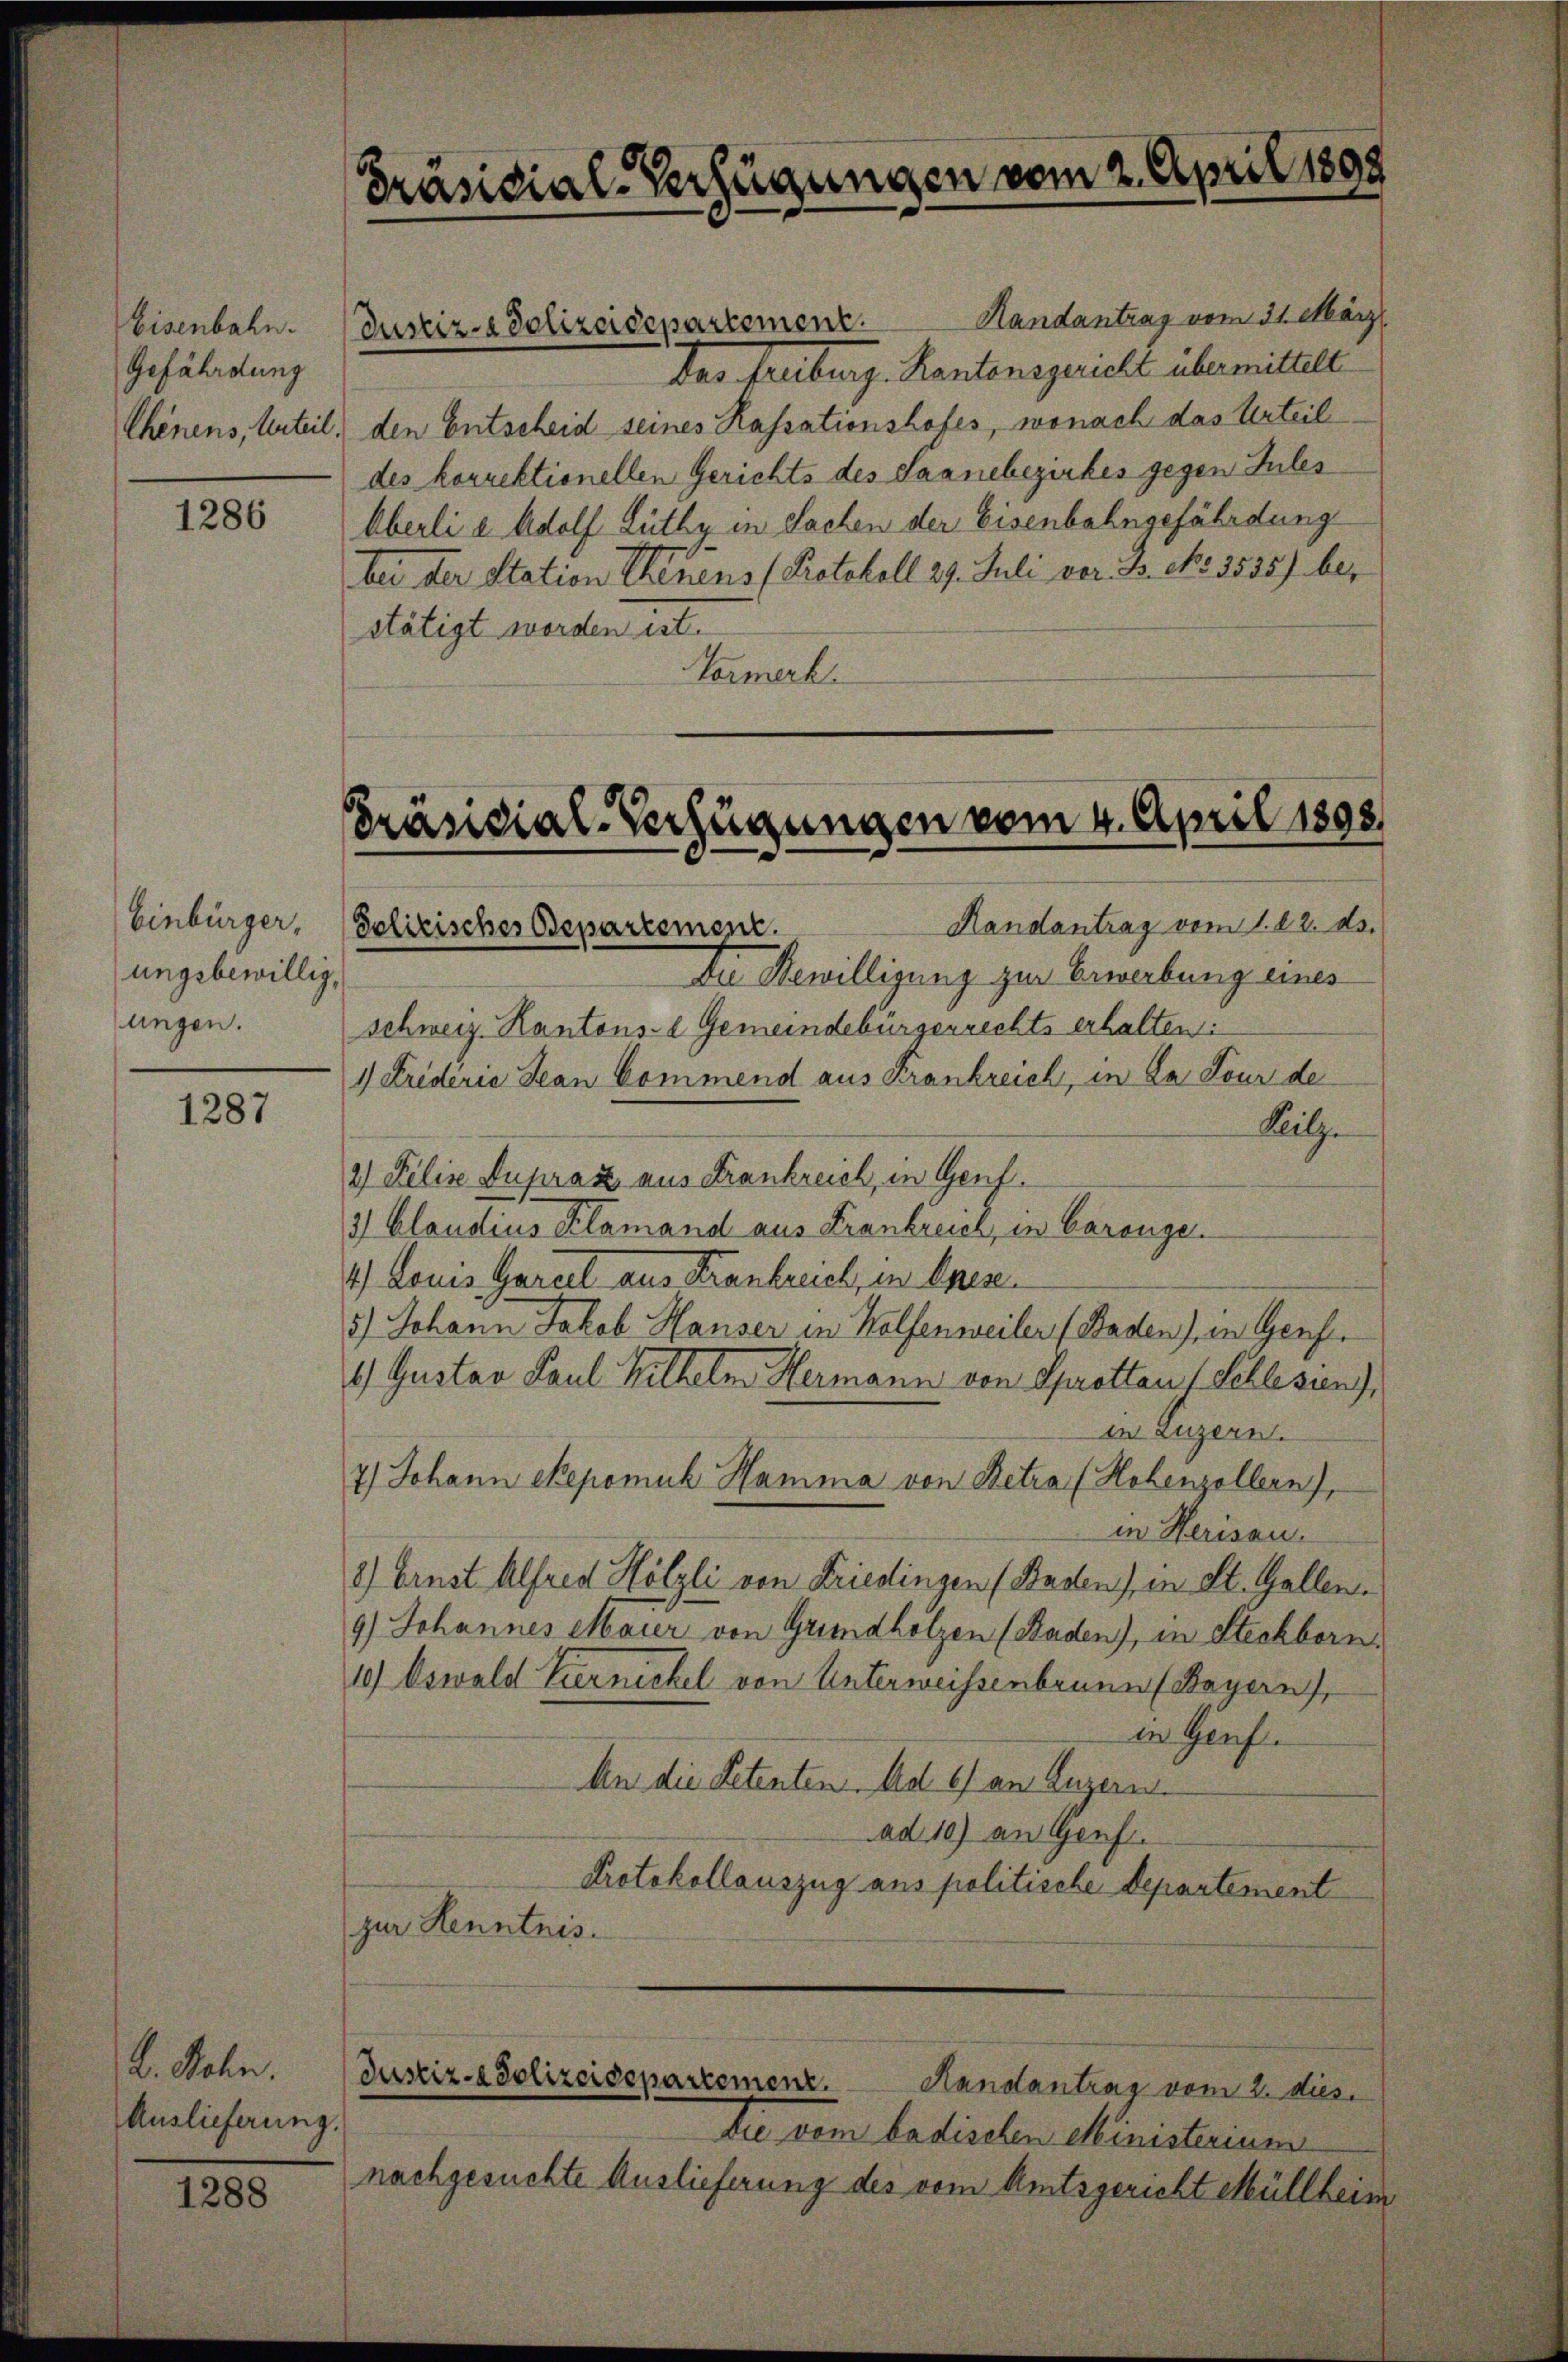
Eisenbahn.
Gefährdung
Chenens, Urteil.

1286

Einbürger,
ungsbewillig,
ungen.

1287

A. Sohn.
Auslieferung.

1288

Präsidial-Verfügungen vom 2. April 1898

Handantrag vom 31. März
Das Freiburg. Kantonsgericht übermittelt
den Entscheid seines Kassationshofes, wonach das Urteil
des korrektionellen Gerichts des Saanebezirkes gegen Jules
Überli e Adolf Lüthy in Sachen der Eisenbahngefährdung
bei der Station Serens (Protokoll 29. Juli vor. B. No 3535) be-
stätigt worden ist.
Vormerk

Justiz-Polizeidepartement.

Präsidial-Verfügungen vom 4. April 1898
Handantrag vom 1. 2. ds.
Solitisches Departement.

Die Bewilligung zur Erwerbung eines
schweiz. Kantons- Gemeindebürgerrechts erhalten:
1) Frideria Jean Commend aus Krankreich, in da Lour de
Kilze
2) Felix Duprasz aus Frankreich, in Gent.
3) Claudius Klamand aus Frankreich, in Carange.
1) Louis Gartel aus Kranbruch, in Spese.
5.) Johann Jakob Hauser in Wolfenweiler (Baden), in Genf.
1) Gustav Paul Wilhelm Hermann von Sprotton Schlesung,
in Luzern.
7) Johann Skepomuk Hamma von Retra (Hohenzollern),
in Herisau.
2) Ernst Alfred Hölzli von Friedlingen (Baslen), in St. Gallen.
9) Johannes Maier von Grundholzen (Baden), in Steckborn
10) Oswald Vernickel von Unterweissenbrunn (Bayern),
in Genf.
An die Petenten. Ad 6) an Luzern
ad 10) an Genf.
Protokollauszug aus politische Departement
zur Henntnis.
Justiz-Polizeidepartemenz. Handantrag vom 2. dies
Die vom badischen Ministerium
nachgesuchte Auslieferung des vom Amtsgericht Müllheim